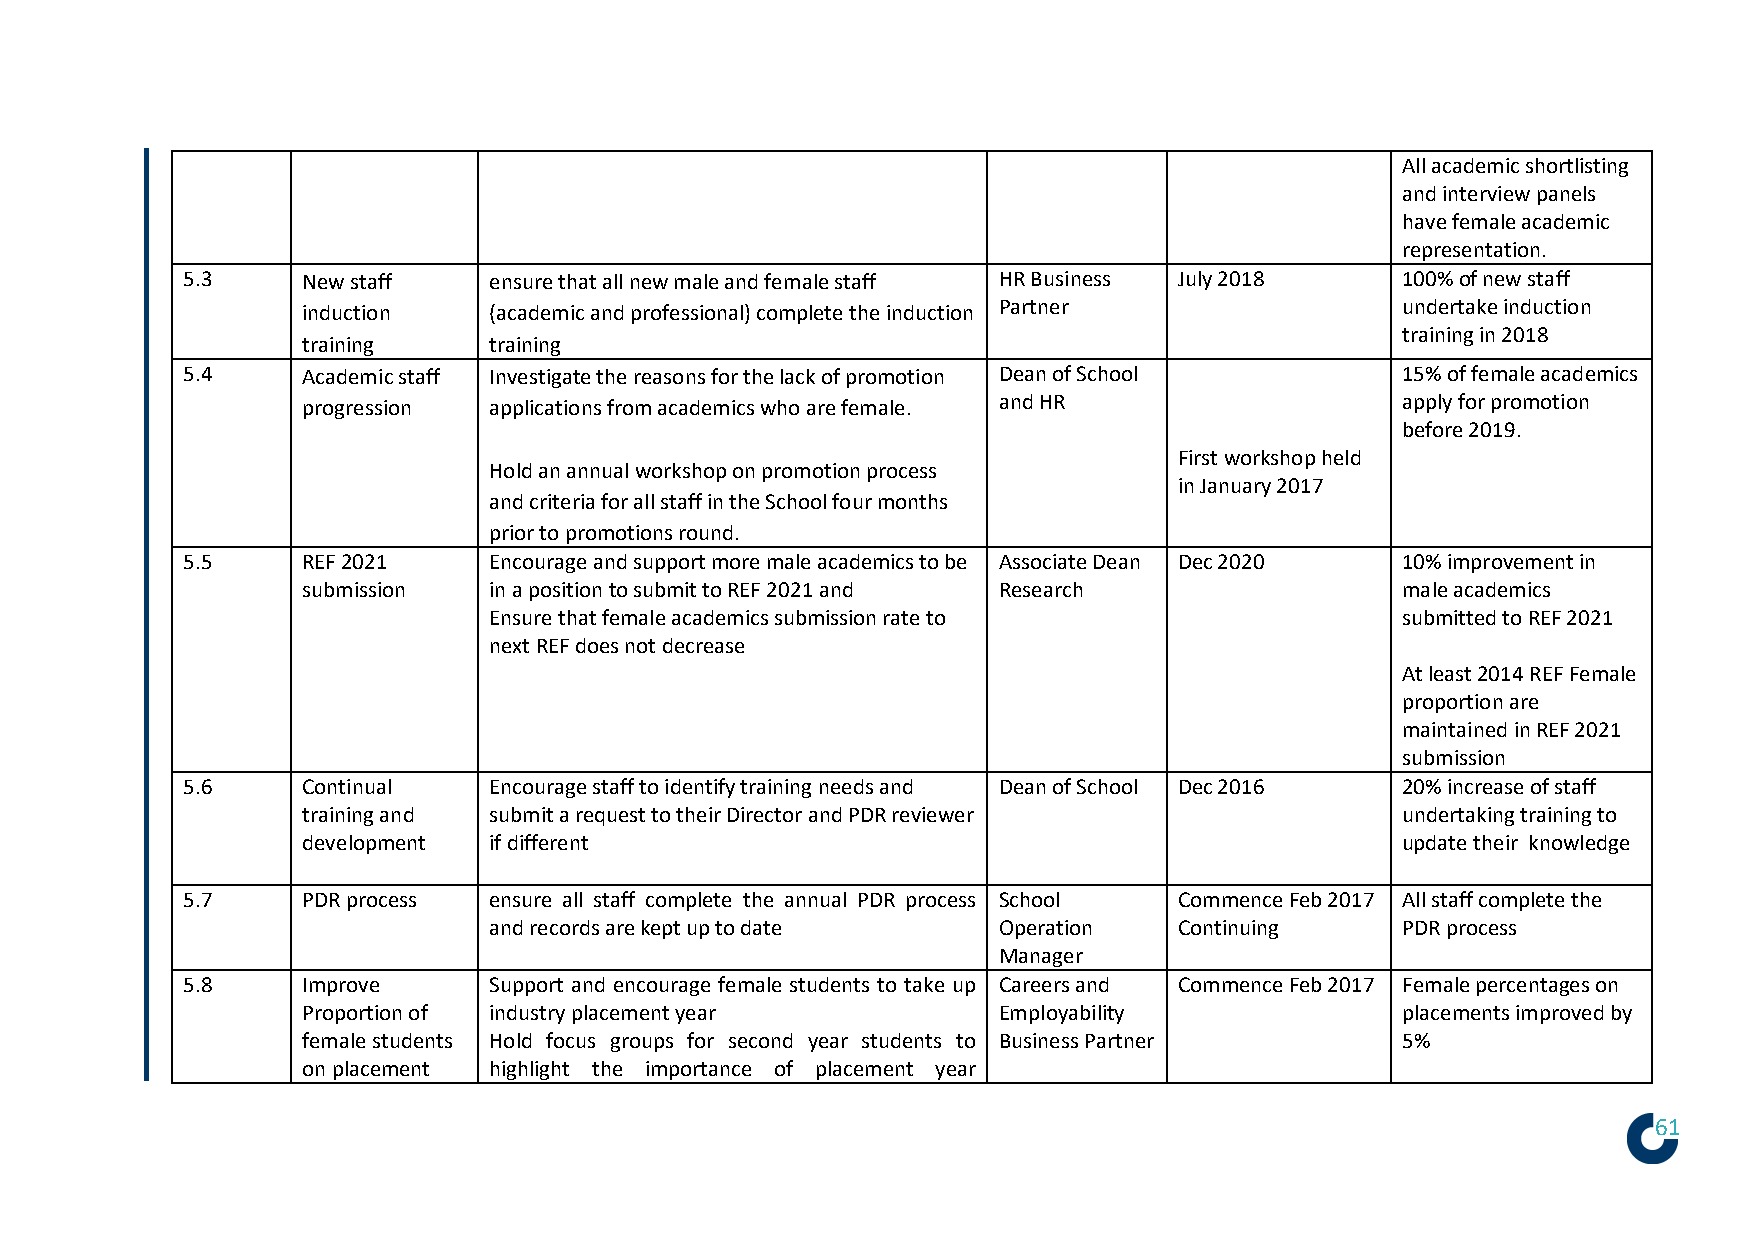
All academic shortlisting
 and interview panels
 have female academic
 representation.
 5.3     New staff   ensure that all new male and female staff HR Business July 2018 100% of new staff
 Partner                    undertake induction
 induction   (academic and professional) complete the induction
 training in 2018
 training    training
 5.4     Academic staff Investigate the reasons for the lack of promotion Dean of School 15% of female academics
 and HR                     apply for promotion
 progression applications from academics who are female.
 before 2019.
 First workshop held
 Hold an annual workshop on promotion process
 in January 2017
 and criteria for all staff in the School four months
 prior to promotions round.
 5.5     REF 2021    Encourage and support more male academics to be Associate Dean Dec 2020 10% improvement in
 submission  in a position to submit to REF 2021 and Research             male academics
 Ensure that female academics submission rate to              submitted to REF 2021
 next REF does not decrease
 At least 2014 REF Female
 proportion are
 maintained in REF 2021
 submission
 5.6     Continual   Encourage staff to identify training needs and Dean of School Dec 2016 20% increase of staff
 training and submit a request to their Director and PDR reviewer         undertaking training to
 development if different                                                 update their knowledge
 5.7     PDR process ensure all staff complete the annual PDR process School Commence Feb 2017 All staff complete the
 and records are kept up to date   Operation   Continuing     PDR process
 Manager
 5.8     Improve     Support and encourage female students to take up Careers and Commence Feb 2017 Female percentages on
 Proportion of industry placement year         Employability              placements improved by
 female students Hold focus groups for second year students to Business Partner 5%
 on placement highlight the importance of placement year
 61